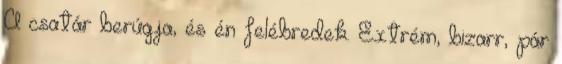
A csatár berúgja, és én felébredek. Extrém, bizarr, pár